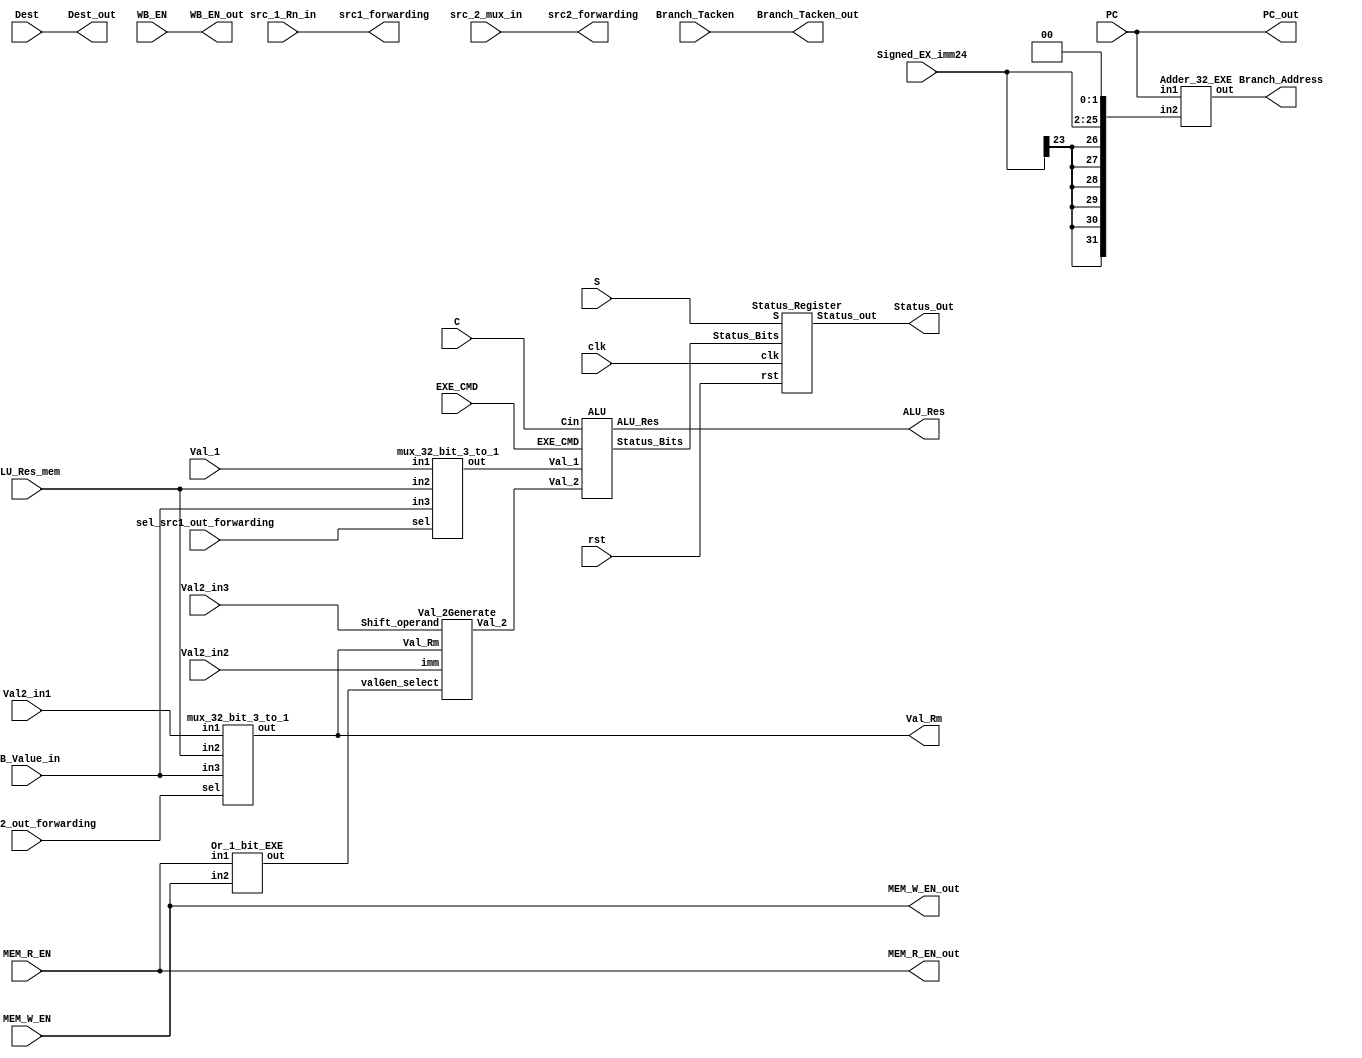
module EXE
(
input clk,
input rst,
input C,
input Branch_Tacken,
input WB_EN,
input MEM_R_EN,
input MEM_W_EN,
input [3:0]EXE_CMD,
input S,
input [31:0]Val_1,
input [31:0]PC,
input [31:0]Val2_in1, // Val_Rm
input Val2_in2, // imm
input [11:0]Val2_in3, // Shift_operand
input [3:0]Dest, 
input [23:0]Signed_EX_imm24,
input [1:0] sel_src1_out_forwarding,
input [1:0] sel_src2_out_forwarding,
input [31:0] ALU_Res_mem,
input [31:0] WB_Value_in,
input [3:0]src_1_Rn_in,
input [3:0]src_2_mux_in, // Instruction[3:0] or Instruction[15:12]
output [31:0]PC_out,
output [3:0]Dest_out,
output [31:0]Val_Rm,
output Branch_Tacken_out,
output WB_EN_out,
output MEM_R_EN_out,
output MEM_W_EN_out,
output [31:0]Branch_Address,
output [31:0] ALU_Res,
output [31:0]Status_Out,
output [3:0] src1_forwarding,
output [3:0] src2_forwarding
);

wire [31:0] Val_2;
wire [3:0] status_bits;
wire valGen_selector;
wire [31:0] mul4;
wire [31:0] sign_extend_24_32;
wire [31:0] out_mux1; // first input of AlU
wire [31:0] out_mux2; // first input of val generator


assign PC_out=PC;
assign sign_extend_24_32 = {{8{Signed_EX_imm24[23]}}, Signed_EX_imm24[23:0]};
assign mul4= {sign_extend_24_32[29:0], 2'b00};
assign Branch_Tacken_out = Branch_Tacken;
assign Dest_out = Dest;
assign Val_Rm = out_mux2;
assign WB_EN_out = WB_EN;
assign MEM_R_EN_out = MEM_R_EN;
assign MEM_W_EN_out = MEM_W_EN;
assign src1_forwarding = src_1_Rn_in;
assign src2_forwarding = src_2_mux_in;



ALU alu_exe(.EXE_CMD(EXE_CMD), .Val_1(out_mux1), .Val_2(Val_2), .Cin(C), .ALU_Res(ALU_Res), .Status_Bits(status_bits));
Status_Register status_reg(.clk(clk), .rst(rst), .S(S), .Status_Bits(status_bits), .Status_out(Status_Out));
Adder_32_EXE adder_32(.in1(PC), .in2(mul4), .out(Branch_Address));
Or_1_bit_EXE or_1(.in1(MEM_R_EN), .in2(MEM_W_EN), .out(valGen_selector));
mux_32_bit_3_to_1 mux1_exe(.in1(Val_1), .in2(ALU_Res_mem), .in3(WB_Value_in), .sel(sel_src1_out_forwarding), .out(out_mux1));
mux_32_bit_3_to_1 mux2_exe(.in1(Val2_in1), .in2(ALU_Res_mem), .in3(WB_Value_in), .sel(sel_src2_out_forwarding), .out(out_mux2));

Val_2Generate Val_2Gen
(
.Val_Rm(out_mux2),
.imm(Val2_in2),
.Shift_operand(Val2_in3),
.valGen_select(valGen_selector),
.Val_2(Val_2)
);
endmodule




//------------------------------------//
//                ALU
//------------------------------------//
module ALU (input [3:0] EXE_CMD, input [31:0] Val_1, Val_2, input Cin, output reg[31:0] ALU_Res, output [3:0] Status_Bits);

wire N, Z;
reg C, V;

assign N=ALU_Res[31];
assign Z=(ALU_Res==0) ? 1'b1 : 1'b0;

always@(*)
begin
    case(EXE_CMD)
      4'b0001: begin ALU_Res=Val_2; C=0; V=0; end
      4'b1001: begin ALU_Res=~Val_2; C=0; V=0; end
      4'b0010: begin {C,ALU_Res}=Val_1+Val_2; V=((Val_1[31] == Val_2[31]) & (ALU_Res[31] != Val_1[31])); end
      4'b0011: begin {C,ALU_Res}=Val_1+Val_2+{31'b0,Cin}; V=((Val_1[31] == Val_2[31]) & (ALU_Res[31] != Val_1[31])); end
      4'b0100: begin {C,ALU_Res}=Val_1-Val_2; V=((Val_1[31] == ~Val_2[31]) & (ALU_Res[31] != Val_1[31])); end
      4'b0101: begin {C,ALU_Res}=Val_1-Val_2-{31'b0,~Cin}; V=((Val_1[31] == ~Val_2[31]) & (ALU_Res[31] != Val_1[31])); end
      4'b0110: begin ALU_Res=Val_1 & Val_2; C=0; V=0; end
      4'b0111: begin ALU_Res=Val_1 | Val_2; C=0; V=0; end
      4'b1000: begin ALU_Res=Val_1 ^ Val_2; C=0; V=0; end
      default: begin ALU_Res=0; C=0; V=0; end
    endcase
  end

assign Status_Bits = {N,Z,C,V}; 

endmodule

//------------------------------------//
//          Status_Register
//------------------------------------//
module Status_Register(input clk, rst, S, input [3:0] Status_Bits, output reg [31:0] Status_out);
always @(negedge clk, posedge rst) begin
	if(rst)
	Status_out <= 32'b0;
	else if (S) 
	Status_out <= {Status_Bits, 28'b0};
end
endmodule

//------------------------------------//
//            Adder_32_EXE
//------------------------------------//
module Adder_32_EXE (input [31:0] in1, in2, output [31:0] out);
  assign out=in1+in2;
endmodule

//------------------------------------//
//            Or_1_bit_EXE
//------------------------------------//
module Or_1_bit_EXE(input in1, in2, output out);
assign out=in1|in2;
endmodule

//------------------------------------//
//            mux_32_bit_3_to_1_EXE
//------------------------------------/
module mux_32_bit_3_to_1 (input [31:0] in1, in2, in3, input [1:0] sel, output [31:0] out);
assign out= (sel==2'b00) ? in1 : (sel==2'b01) ? in2 : (sel==2'b10) ? in3 : 32'b0; 
endmodule


//------------------------------------//
//            Val_2Generate
//------------------------------------//

module Val_2Generate
(
input [31:0]Val_Rm,
input imm,
input [11:0]Shift_operand,
input valGen_select,
output reg [31:0]Val_2
);

reg [63:0]tmp;

always@(*)
begin
	if(valGen_select==1'b0) // immediate
	begin
		if(imm==1'b1) // 32-bit immediate
		begin
			tmp = {24'b0 ,Shift_operand[7:0], 24'b0 ,Shift_operand[7:0]};
			tmp = tmp >> (({{1'b0},Shift_operand[11:8]}) << 1);
			Val_2 = tmp[31:0];
		end
		else if(imm==1'b0 && Shift_operand[4]==1'b0) // Immediate shifts
		begin
			case(Shift_operand[6:5])
			2'b00: Val_2 = Val_Rm << Shift_operand[11:7]; //logical shift left
			2'b01: Val_2 = Val_Rm >> Shift_operand[11:7]; //Logical shift right
			2'b10: Val_2 = Val_Rm >>> Shift_operand[11:7]; //Arithmetic shift right
			2'b11: begin tmp = {Val_Rm, Val_Rm}>>Shift_operand[11:7] ; Val_2 = tmp[31:0]; end //Rotate right 
			endcase
		end
	end
	else if(valGen_select==1'b1) // LD/ST
		Val_2 = {{20{Shift_operand[11]}}, Shift_operand[11:0]};
end
endmodule